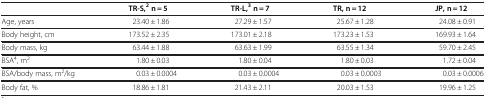
<table><thead><tr><td><b> </b></td><td><b>TR-S,<sup>2</sup>n = 5</b></td><td><b>TR-L,<sup>3</sup>n = 7</b></td><td><b>TR, n = 12</b></td><td><b>JP, n = 12</b></td></tr></thead><tbody><tr><td>Age, years</td><td>23.40 ± 1.86</td><td>27.29 ± 1.57</td><td>25.67 ± 1.28</td><td>24.08 ± 0.91</td></tr><tr><td>Body height, cm</td><td>173.52 ± 2.35</td><td>173.01 ± 2.18</td><td>173.23 ± 1.53</td><td>169.93 ± 1.64</td></tr><tr><td>Body mass, kg</td><td>63.44 ± 1.88</td><td>63.63 ± 1.99</td><td>63.55 ± 1.34</td><td>59.70 ± 2.45</td></tr><tr><td>BSA<sup>4</sup>, m<sup>2</sup></td><td>1.80 ± 0.03</td><td>1.80 ± 0.04</td><td>1.80 ± 0.03</td><td>1.72 ± 0.04</td></tr><tr><td>BSA/body mass, m<sup>2</sup>/kg</td><td>0.03 ± 0.0004</td><td>0.03 ± 0.0004</td><td>0.03 ± 0.0003</td><td>0.03 ± 0.0006</td></tr><tr><td>Body fat, %</td><td>18.86 ± 1.81</td><td>21.43 ± 2.11</td><td>20.03 ± 1.53</td><td>19.96 ± 1.25</td></tr></tbody></table>